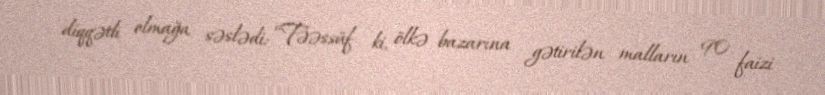
diqqətli olmağa səslədi: “Təəssüf ki, ölkə bazarına gətirilən malların 90 faizi